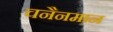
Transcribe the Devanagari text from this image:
चनैनमान